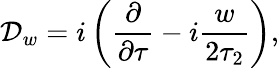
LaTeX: {{\cal D}_{w}=i\left({\frac{\partial}{\partial\tau}}-i{\frac{w}{2\tau_{2}}}\right),}